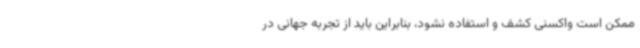
ممکن است واکسنی کشف و استفاده نشود، بنابراین باید از تجربه جهانی در